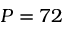
P = 7 2